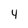
Character: 4